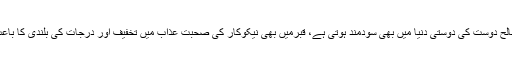
نیک اور صالح دوست کی دوستی دنیا میں بھی سودمند ہوتی ہے، قبرمیں بھی نیکوکار کی صحبت عذاب میں تخفیف اور درجات کی بلندی کا باعث ہوتی ہے۔